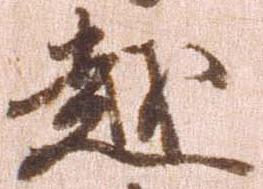
越